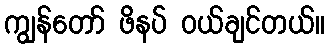
ကျွန်တော် ဖိနပ် ဝယ်ချင်တယ်။